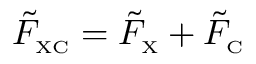
\tilde { F } _ { \scriptscriptstyle \mathrm { X C } } = \tilde { F } _ { \scriptscriptstyle \mathrm { X } } + \tilde { F } _ { \scriptscriptstyle \mathrm { C } }